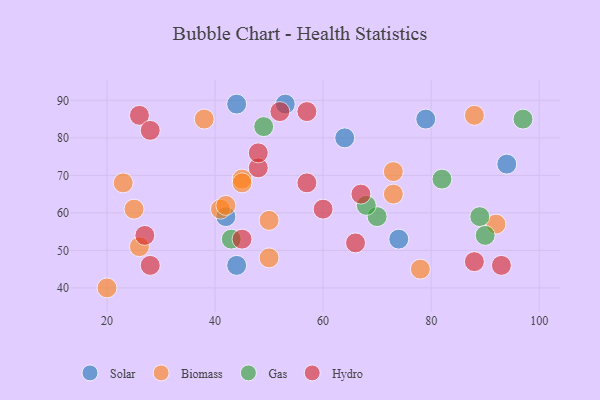
{"axis": {"x": "GDP", "y": "Life Expectancy"}, "legend": ["Biomass", "Gas", "Hydro", "Solar"], "data": [{"x": "53", "y": 89, "type": "Solar"}, {"x": "74", "y": 53, "type": "Solar"}, {"x": "44", "y": 46, "type": "Solar"}, {"x": "64", "y": 80, "type": "Solar"}, {"x": "94", "y": 73, "type": "Solar"}, {"x": "79", "y": 85, "type": "Solar"}, {"x": "42", "y": 59, "type": "Solar"}, {"x": "44", "y": 89, "type": "Solar"}, {"x": "92", "y": 57, "type": "Biomass"}, {"x": "41", "y": 61, "type": "Biomass"}, {"x": "20", "y": 40, "type": "Biomass"}, {"x": "42", "y": 62, "type": "Biomass"}, {"x": "73", "y": 65, "type": "Biomass"}, {"x": "88", "y": 86, "type": "Biomass"}, {"x": "45", "y": 69, "type": "Biomass"}, {"x": "50", "y": 58, "type": "Biomass"}, {"x": "50", "y": 48, "type": "Biomass"}, {"x": "45", "y": 68, "type": "Biomass"}, {"x": "38", "y": 85, "type": "Biomass"}, {"x": "78", "y": 45, "type": "Biomass"}, {"x": "23", "y": 68, "type": "Biomass"}, {"x": "25", "y": 61, "type": "Biomass"}, {"x": "26", "y": 51, "type": "Biomass"}, {"x": "73", "y": 71, "type": "Biomass"}, {"x": "43", "y": 53, "type": "Gas"}, {"x": "70", "y": 59, "type": "Gas"}, {"x": "97", "y": 85, "type": "Gas"}, {"x": "89", "y": 59, "type": "Gas"}, {"x": "49", "y": 83, "type": "Gas"}, {"x": "90", "y": 54, "type": "Gas"}, {"x": "82", "y": 69, "type": "Gas"}, {"x": "68", "y": 62, "type": "Gas"}, {"x": "48", "y": 72, "type": "Hydro"}, {"x": "28", "y": 46, "type": "Hydro"}, {"x": "45", "y": 53, "type": "Hydro"}, {"x": "48", "y": 76, "type": "Hydro"}, {"x": "93", "y": 46, "type": "Hydro"}, {"x": "26", "y": 86, "type": "Hydro"}, {"x": "88", "y": 47, "type": "Hydro"}, {"x": "28", "y": 82, "type": "Hydro"}, {"x": "27", "y": 54, "type": "Hydro"}, {"x": "67", "y": 65, "type": "Hydro"}, {"x": "66", "y": 52, "type": "Hydro"}, {"x": "57", "y": 87, "type": "Hydro"}, {"x": "57", "y": 68, "type": "Hydro"}, {"x": "52", "y": 87, "type": "Hydro"}, {"x": "60", "y": 61, "type": "Hydro"}]}